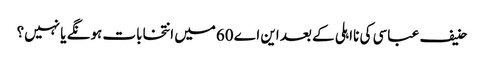
حنیف عباسی کی نااہلی کے بعد این اے 60میں انتخابات ہونگے یا نہیں؟